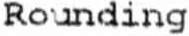
ROUNDING